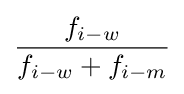
{\frac {f_{i-w}}{f_{i-w}+f_{i-m}}}